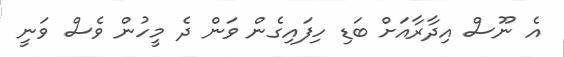
އެ ނޫސް އިދާރާއަށް ބަޑި ހިފައިގެން ވަން ދެ މީހުން ވެސް ވަނީ